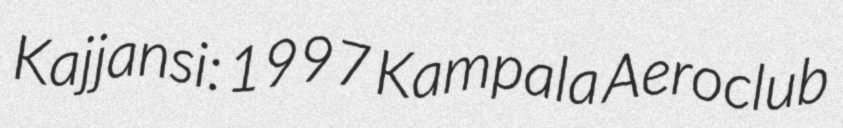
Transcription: Kajjansi: 1997 Kampala Aeroclub